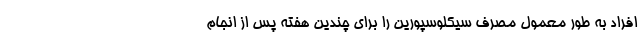
افراد به طور معمول مصرف سیکلوسپورین را برای چندین هفته پس از انجام